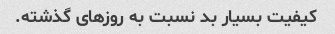
کیفیت بسیار بد نسبت به روزهای گذشته.